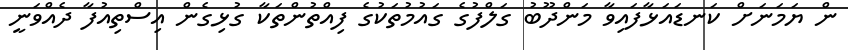
ން ޔަމަނަށް ކަނޑައަޅާފައިވާ މަންދޫބު ގަލްފުގެ ގައުމުތަކުގެ ފިއްތުންތަކާ ގުޅިގެން އިސްތިއުފާ ދެއްވަނީ